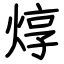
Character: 焞